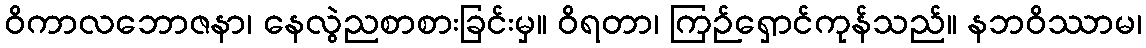
ဝိကာလဘောဇနာ၊ နေလွဲညစာစားခြင်းမှ။ ဝိရတာ၊ ကြဉ်ရှောင်ကုန်သည်။ နဘဝိဿာမ၊